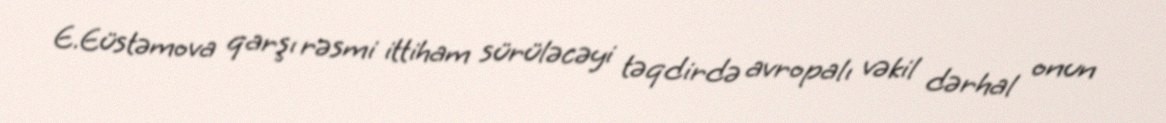
E.Eüstəmova qarşı rəsmi ittiham sürüləcəyi təqdirdə avropalı vəkil dərhal onun